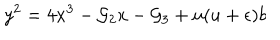
y ^ { 2 } = 4 x ^ { 3 } - { \cal { G } } _ { 2 } x - { \cal { G } } _ { 3 } + u ( u + \epsilon ) b